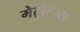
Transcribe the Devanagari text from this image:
मेट्रोट्रेन्स